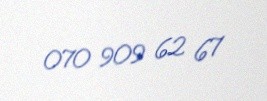
070 909 62 67